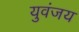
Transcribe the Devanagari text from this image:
युवंजय